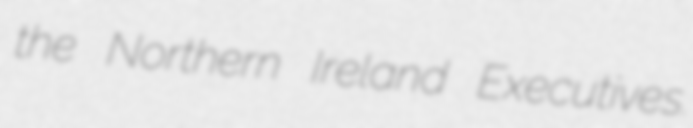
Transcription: the Northern Ireland Executives.